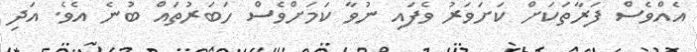
އެއްވެސް ފަރާތަކަށް ކަށަވަރު ވެފައި ނުވާ ކަމަށްވެސް ހަބަރުތައް ބުނެ އެވެ. އަދި